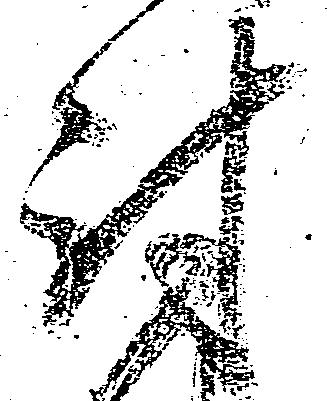
討